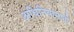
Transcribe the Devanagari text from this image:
अधिनियामानी